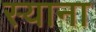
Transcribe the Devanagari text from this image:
स्‍याना